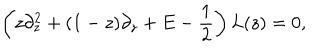
\left( z \partial _ { z } ^ { 2 } + ( 1 - z ) \partial _ { z } + E - { \frac { 1 } { 2 } } \right) L ( z ) = 0 ,